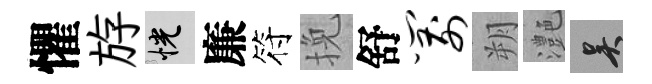
懼斿恍廉符挽舒箭朔灔吴